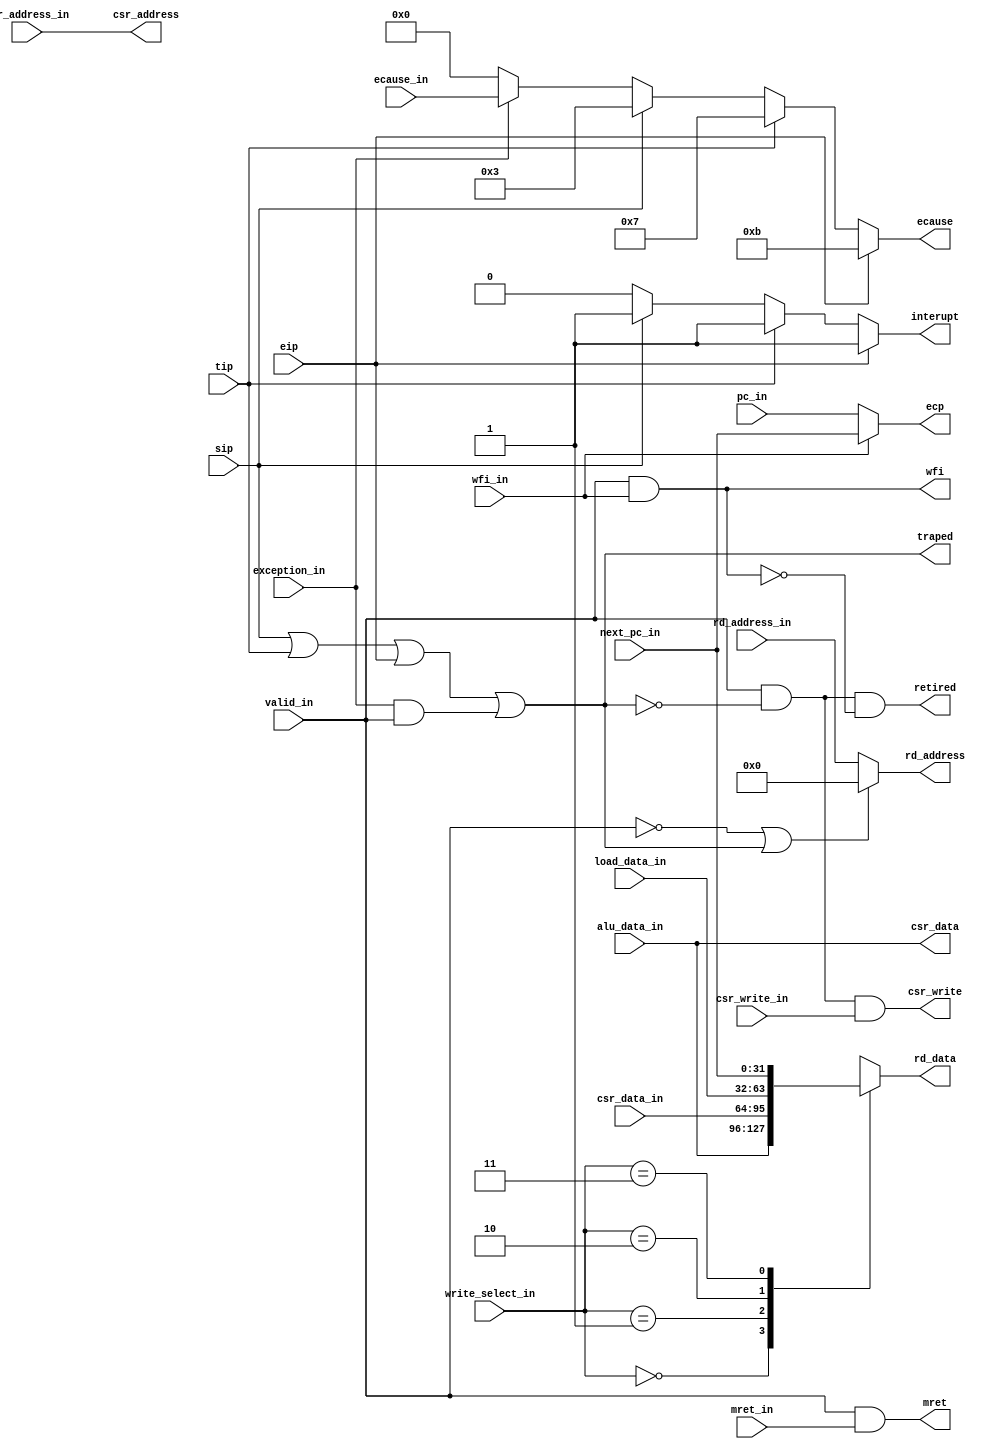
module writeback (
    `ifdef USE_POWER_PINS
    inout vccd1,	// User area 1 1.8V supply
    inout vssd1,	// User area 1 digital ground
    `endif
    /* input clk, */

    // from memory
    input [31:0] pc_in,
    input [31:0] next_pc_in,
    // from memory (control WB)
    input [31:0] alu_data_in,
    input [31:0] csr_data_in,
    input [31:0] load_data_in,
    input [1:0] write_select_in,
    input [4:0] rd_address_in,
    input [11:0] csr_address_in,
    input csr_write_in,
    input mret_in,
    input wfi_in,
    // from memory
    input valid_in,
    input [3:0] ecause_in,
    input exception_in,

    // from csr
    input sip,
    input tip,
    input eip,

    // to regfile
    output [4:0] rd_address,
    output reg [31:0] rd_data,

    // to csr
    output csr_write,
    output [11:0] csr_address,
    output [31:0] csr_data,

    // to fetch and csr and hazard
    output traped,
    output mret,

    // to hazard
    output wfi,

    // to csr
    output retired,
    output [31:0] ecp,
    output reg [3:0] ecause,
    output reg interupt
);

localparam WRITE_SEL_ALU     = 2'b00;
localparam WRITE_SEL_CSR     = 2'b01;
localparam WRITE_SEL_LOAD    = 2'b10;
localparam WRITE_SEL_NEXT_PC = 2'b11;

wire exception = exception_in && valid_in;

assign traped = (sip || tip || eip || exception);
assign ecp = wfi_in ? next_pc_in : pc_in;
assign wfi = valid_in && wfi_in;

assign retired = valid_in && !traped && !wfi;

assign mret = valid_in && mret_in;

always @(*) begin
    if (eip) begin
        ecause = 11;
        interupt = 1;
    end else if (tip) begin
        ecause = 7;
        interupt = 1;
    end else if (sip) begin
        ecause = 3;
        interupt = 1;
    end else if (exception_in) begin
        ecause = ecause_in;
        interupt = 0;
    end else begin
        ecause = 0;
        interupt = 0;
    end
end

assign rd_address = (!valid_in || traped) ? 5'h0 : rd_address_in;

always @(*) begin
    case (write_select_in)
        WRITE_SEL_ALU: rd_data = alu_data_in;
        WRITE_SEL_CSR: rd_data = csr_data_in;
        WRITE_SEL_LOAD: rd_data = load_data_in;
        WRITE_SEL_NEXT_PC: rd_data = next_pc_in;
    endcase
end

assign csr_write = valid_in && !traped && csr_write_in;
assign csr_address = csr_address_in;
assign csr_data = alu_data_in;

endmodule